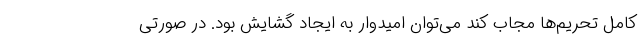
کامل تحریم‌ها مجاب کند می‌توان امیدوار به ایجاد گشایش بود. در صورتی